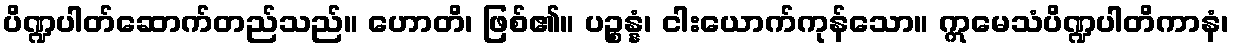
ပိဏ္ဍပါတ်ဆောက်တည်သည်။ ဟောတိ၊ ဖြစ်၏။ ပဉ္စန္နံ၊ ငါးယောက်ကုန်သော။ ဣမေသံပိဏ္ဍပါတိကာနံ၊